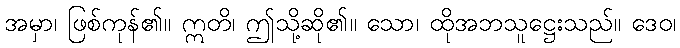
အမှာ၊ ဖြစ်ကုန်၏။ ဣတိ၊ ဤသို့ဆို၏။ သော၊ ထိုအဘသူဋ္ဌေးသည်။ ဒေဝ၊